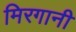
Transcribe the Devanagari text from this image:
मिरगानी